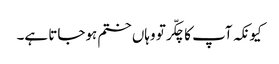
کیونکہ آپ کا چکّر تو وہاں ختم ہوجاتا ہے۔